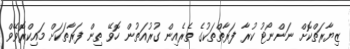
ޒިޔާރަތްކޮށް ނަންނޯޓު ކުރާ ފަރާތްތަކުގެ ތެރެއިން ގުރުއަތުން ހޮވޭ ތިން ފަރާތަކަށް މައިކްރޮވޭވް